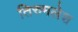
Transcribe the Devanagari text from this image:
तिरुमलेश